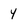
Character: 4